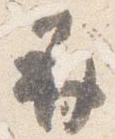
并